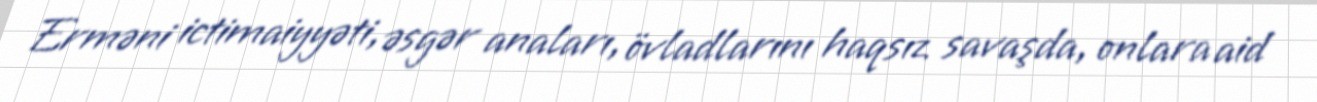
Erməni ictimaiyyəti, əsgər anaları, övladlarını haqsız savaşda, onlara aid